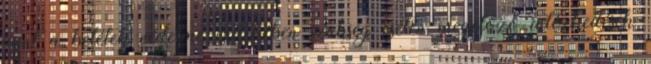
mint a betétek védelme érdekében szükség esetén megelőző intézkedések